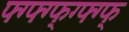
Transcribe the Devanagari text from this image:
फ्ग्फ्ग्फ्ग्फ्ग्फ्